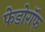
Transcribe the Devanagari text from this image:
फेडोरॉफ